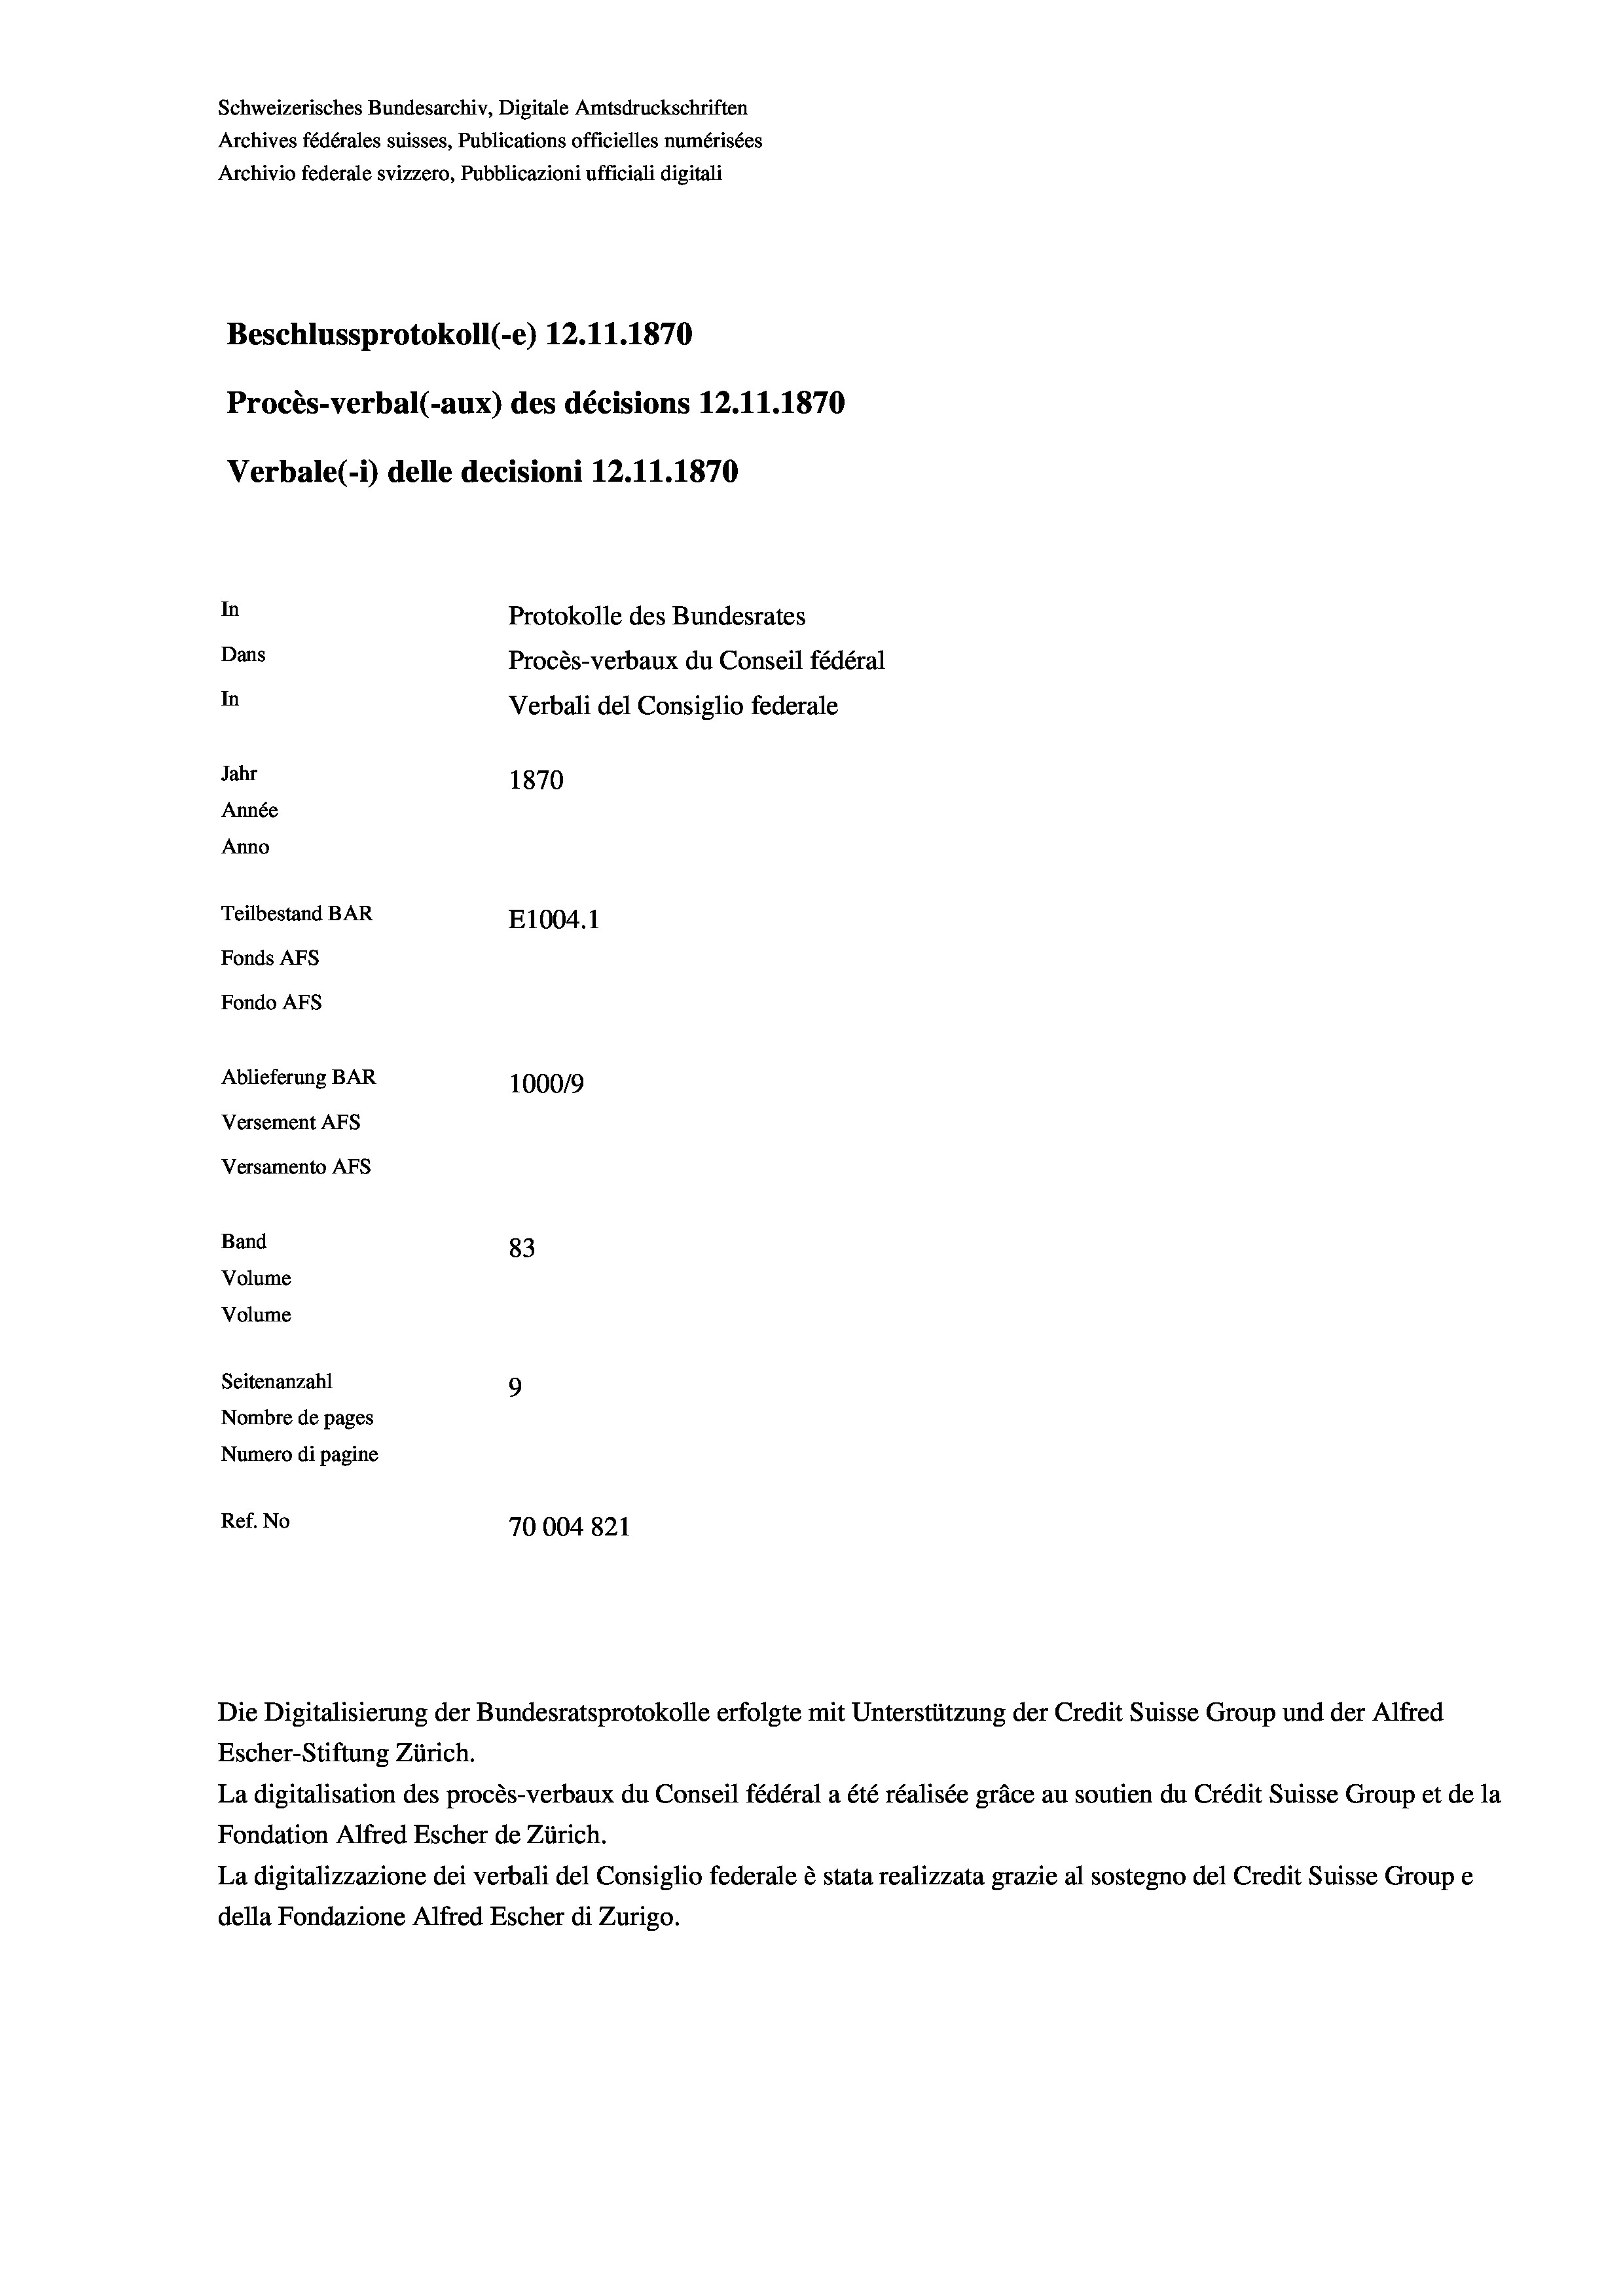
Schweizerisches Bundesarchiv, Digitale Amtsdruckschriften
Archives fédérales suisses, Publications officielles numérisées
Archivio federale svizzero, Pubblicazioni ufficiali digitali
Beschlussprotokoll (-e) 12.11.1870
Procès-verbal (-aux) des décisions 12.11.1870
Verbale (i) delle decisioni 12.11.1870
In
Protokolle des Bundesrates
Dans
Procès-verbaux du Conseil fédéral
In
Verbali del Consiglio federale
Jahr
1870
Année
Anno
Teilbestand BAR
E1004.1
Fonds Afs
Fondo AFs
Ablieferung BAR
100019
Versement AFS
Versamento Afs
Band
83
Volume
Volume
Seitenanzahl
9
Nombre de pages
Numero di pagine

Ref. No
70004821

Escher-Stiftung Zürich.
La digitalisation des procès-verbaux du Conseil fédéral a été réalisée gräce au soutien du Crédit Suisse Group et de la
Fondation Alfred Escher de Zürich.
La digitalizzazione dei verbali del Consiglio federale è stata realizzata grazie al sostegno del Credit Suisse Groupe
della Fondazione Alfred Escher di Zurigo.

Die Digitalisierung der Bundesratsprotokolle erfolgte mit Unterstützung der Credit Suisse Group und der Alfred